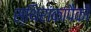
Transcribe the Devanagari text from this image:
स्थिरांकांपैकी